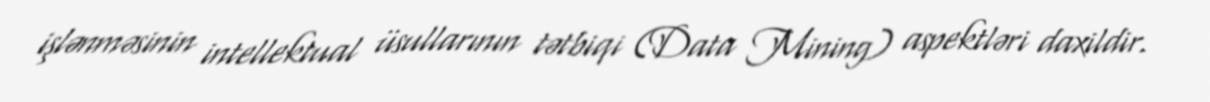
işlənməsinin intellektual üsullarının tətbiqi (Data Mining) aspektləri daxildir.